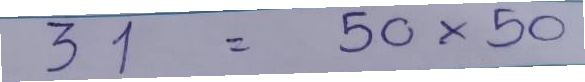
31 = 50x50